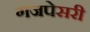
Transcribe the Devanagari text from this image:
गजपेसरी